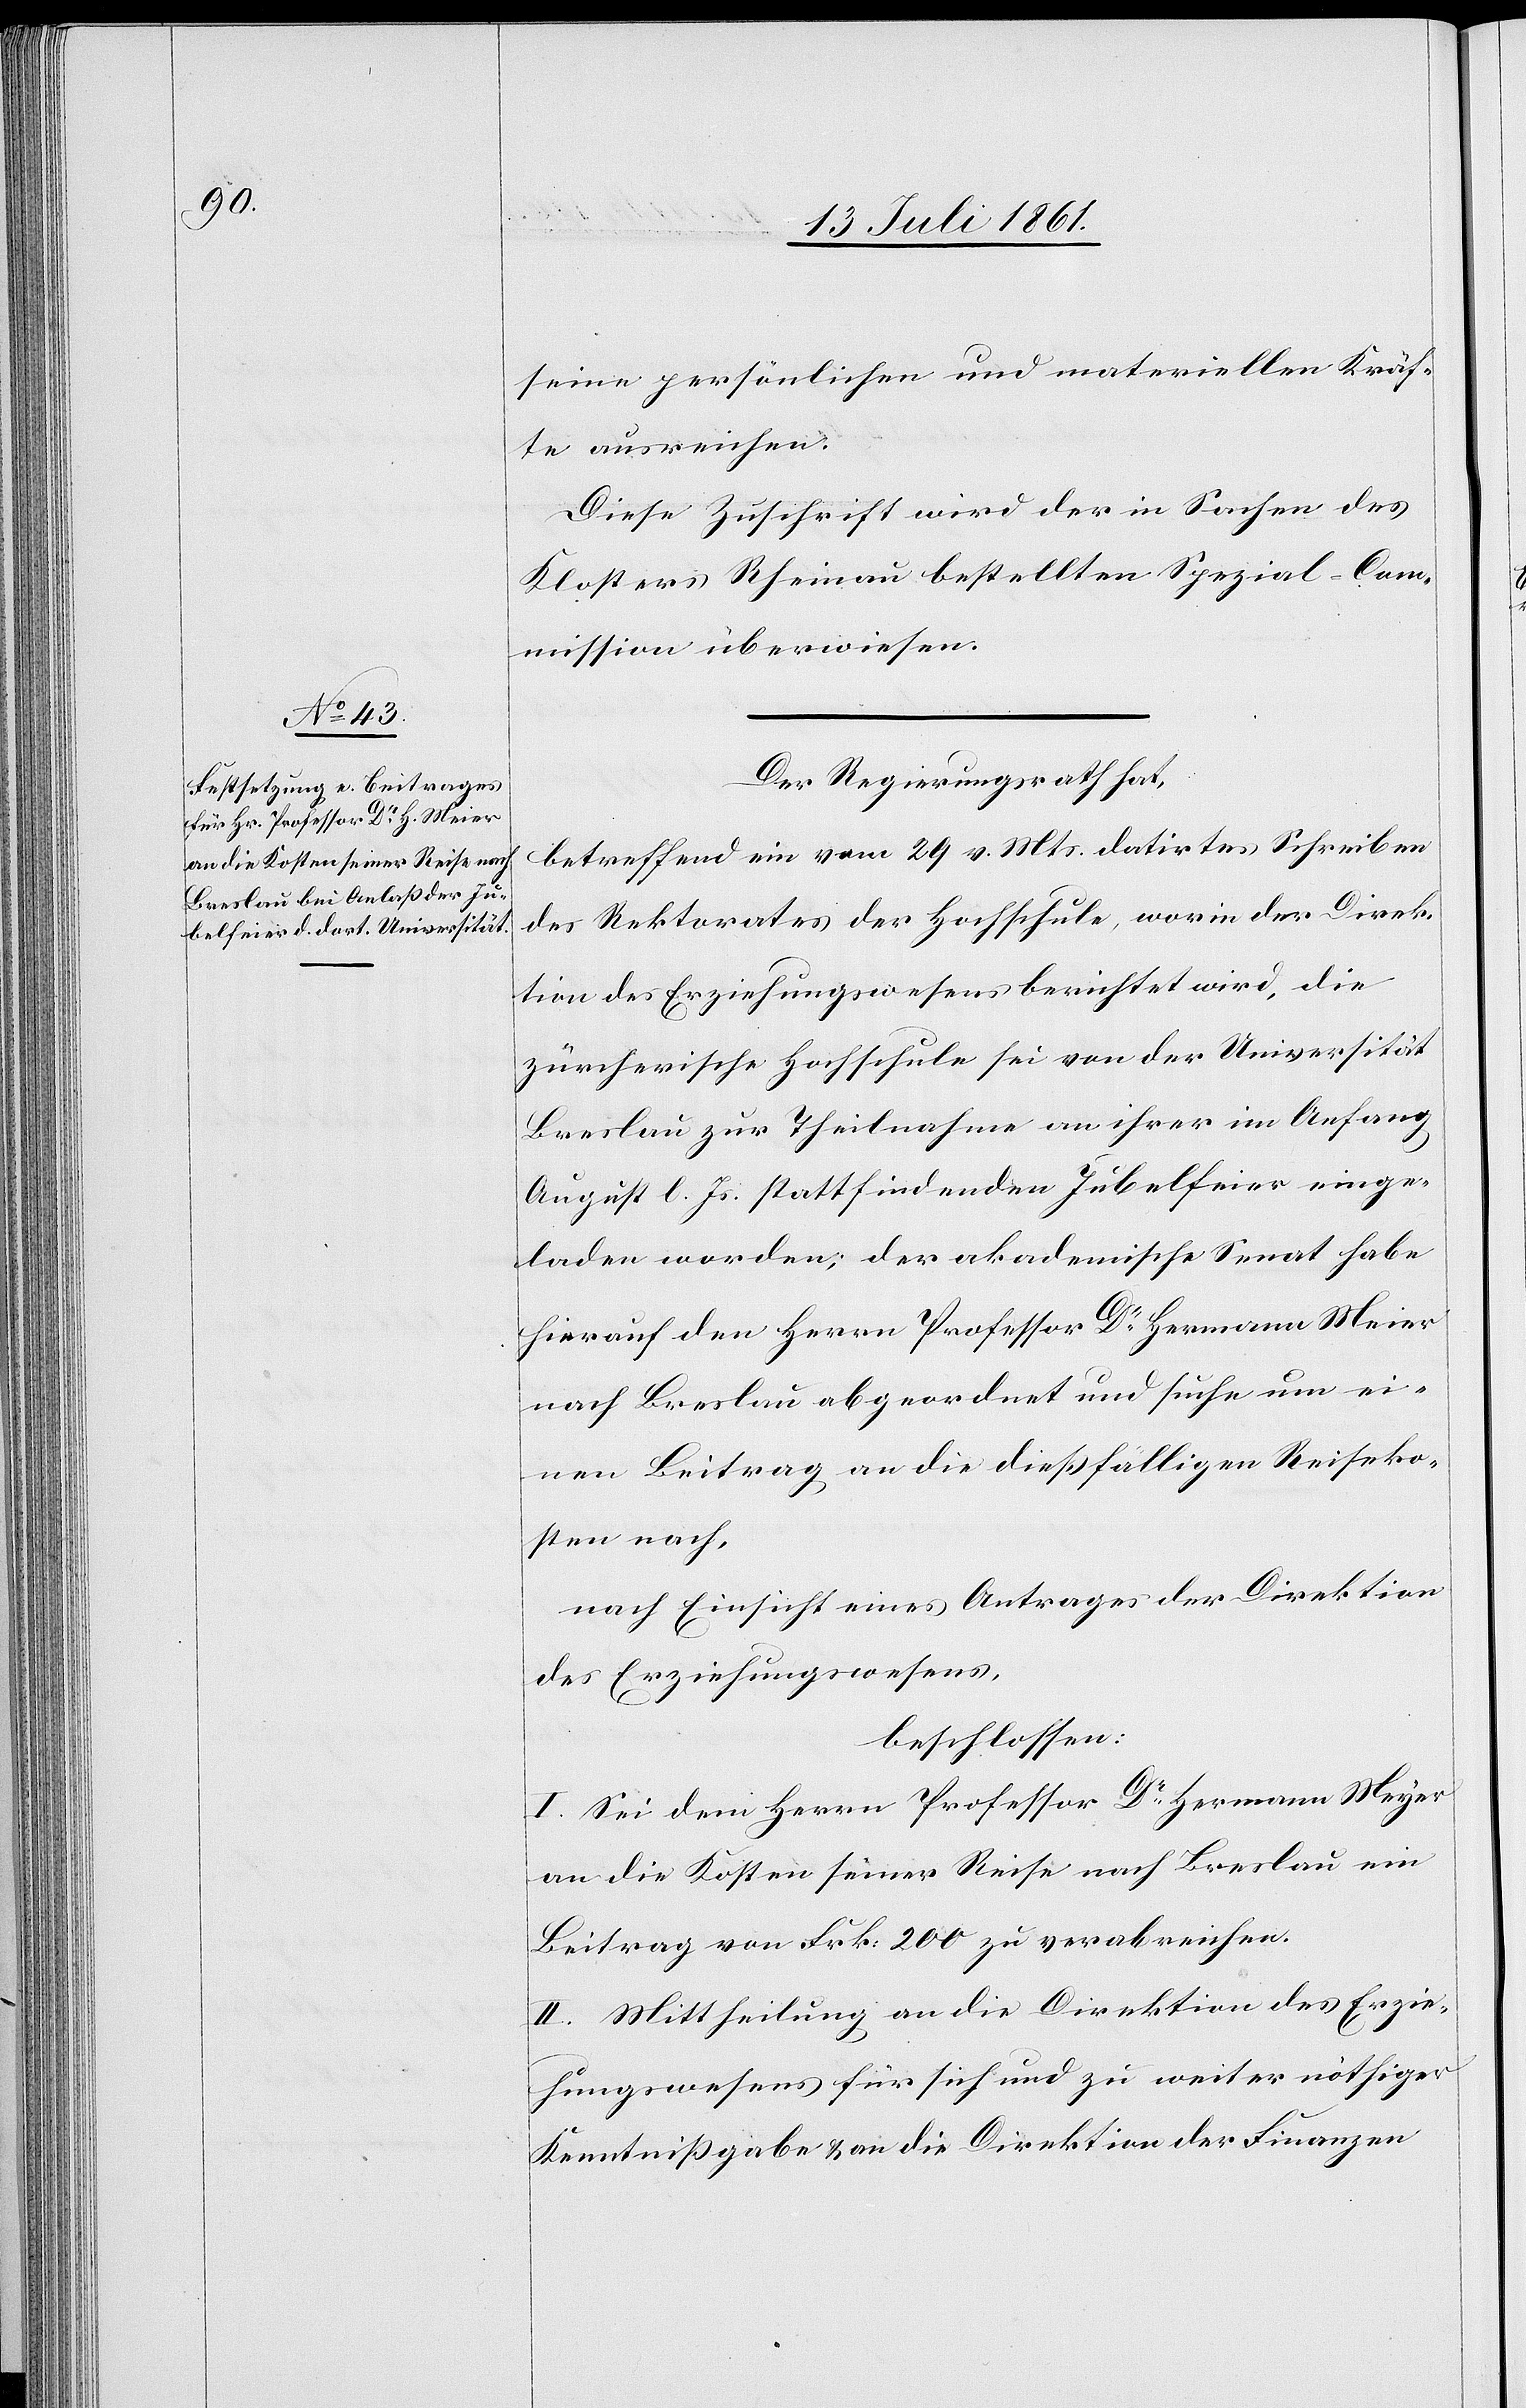
seine persönlichen und materiellen Kräf¬
te ausreichen.
Diese Zuschrift wird der in Sachen des
Klosters Rheinau bestellten Spezial-Com¬
mission überwiesen.
Der Regierungsrath hat,
betreffend ein vom 29 v. Mts. datirtes Schreiben
des Rektorates der Hochschule, worin der Direk¬
tion des Erziehungswesens berichtet wird, die
zürcherische Hochschule sei von der Universität
Breslau zur Theilnahme an ihrer im Anfang
August l. Js. stattfindenden Jubelfeier einge¬
laden worden, der akademische Senat habe
hierauf den Herrn Professor Dr Hermann Meier
nach Breslau abgeordnet und suche nun ei¬
nen Beitrag an die dießfällige Reiseko¬
sten nach,
nach Einsicht eines Antrages der Direktion
des Erziehungswesens,
beschlossen:
I. Sei dem Herrn Professor Dr Hermann Meyer
an die Kosten seiner Reise nach Breslau ein
Beitrag von Frk. 200 zu verabreichen.
II. Mittheilung an die Direktion des Erzie¬
hungswesens für sich und zu weiter nöthiger
Kenntnißgabe u. an die Direktion der Finanzen